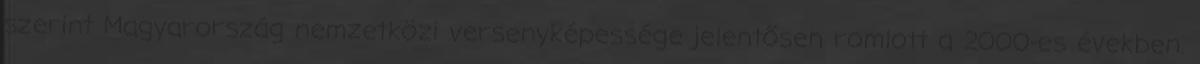
szerint Magyarország nemzetközi versenyképessége jelentősen romlott a 2000-es években.